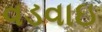
વડવાઇ